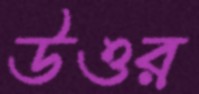
উওর